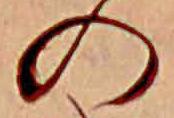
の